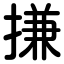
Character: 搛